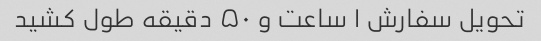
تحویل سفارش ۱ ساعت و ۵۰ دقیقه طول کشید